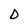
Character: D